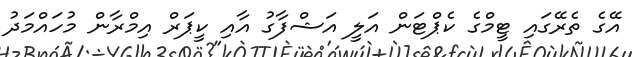
އޭގެ ތެރޭގައި ޓީމްގެ ކެޕްޓަން އަލީ އަޝްފާގު އާއި ކީޕަރް އިމްރާން މުހައްމަދު